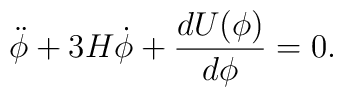
\ddot \phi + 3 H \dot\phi + \frac{dU(\phi)}{d\phi} = 0.